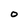
Character: 0